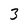
Character: 3